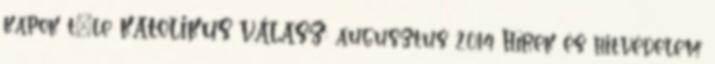
kapok t�le KATOLIKUS VÁLASZ: augusztus 2014 Hírek és hitvédelem